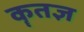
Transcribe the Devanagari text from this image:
कॄतज्ञ